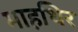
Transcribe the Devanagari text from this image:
माहथिर